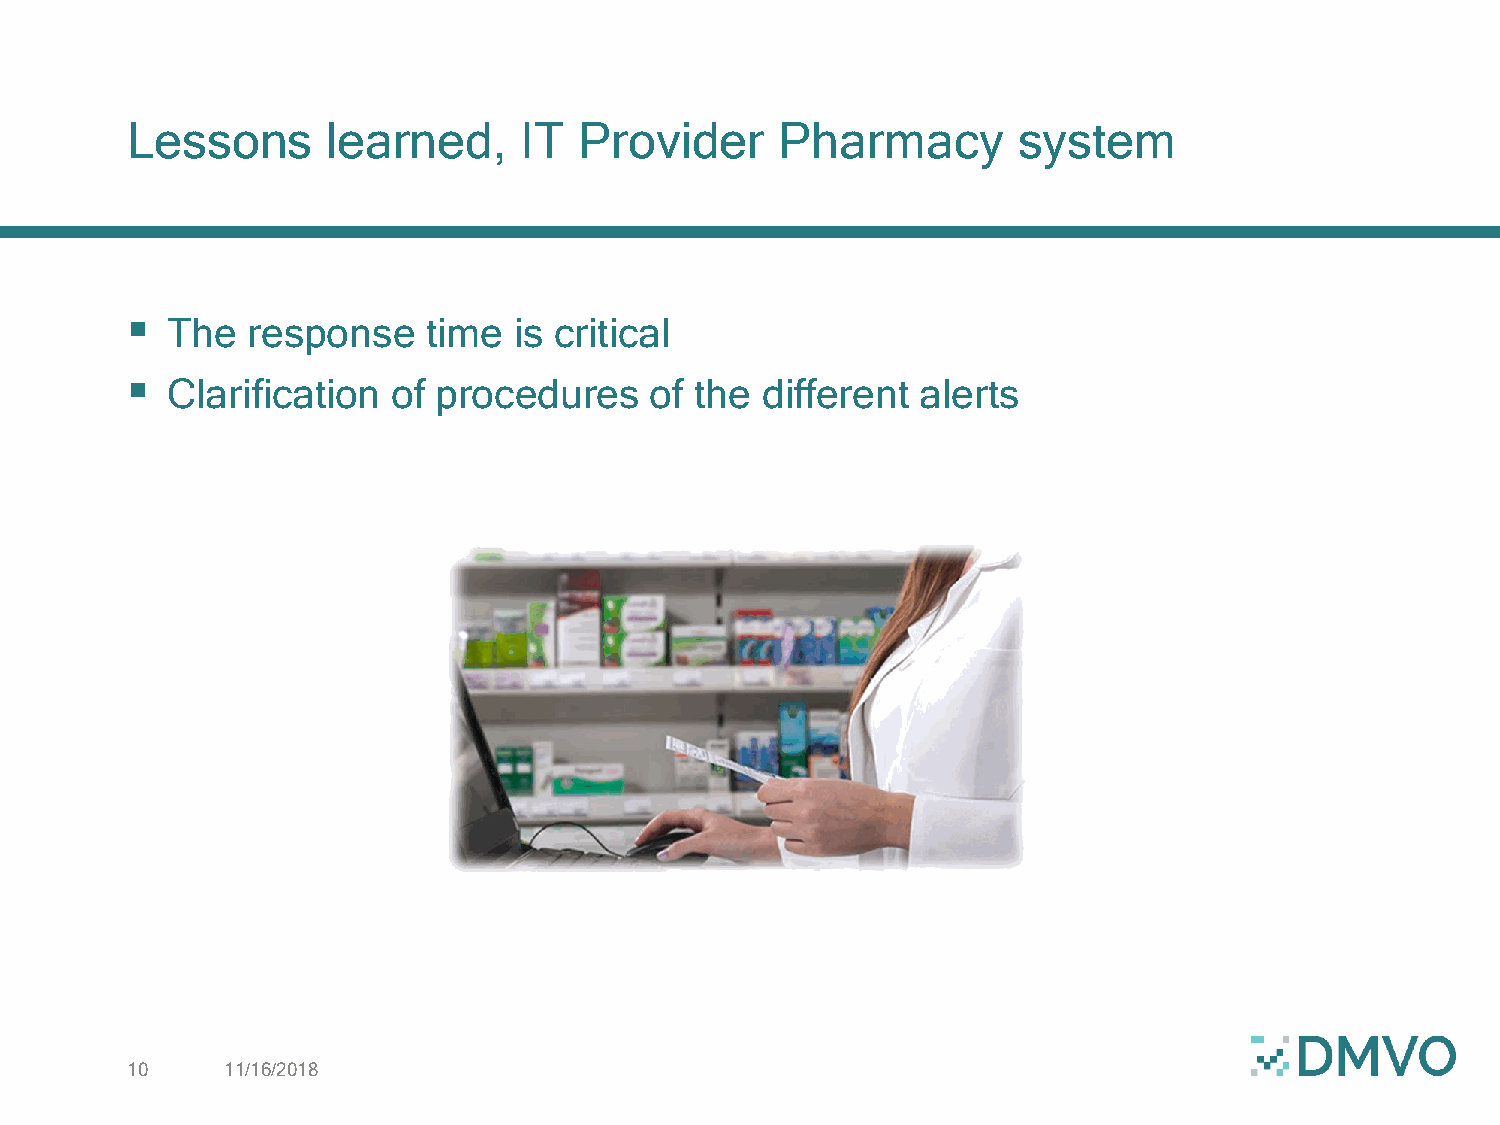
Lessons       learned,     IT Provider      Pharmacy       system
 
 The  response    time  is critical
 
 Clarification  of procedures    of the different  alerts
 10     11/16/2018